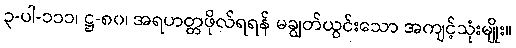
၃-ပါ-၁၁၁၊ ဋ္ဌ-၈၀၊ အရဟတ္တဖိုလ်ရရန် မချွတ်ယွင်းသော အကျင့်သုံးမျိုး။